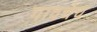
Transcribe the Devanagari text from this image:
गावचेच